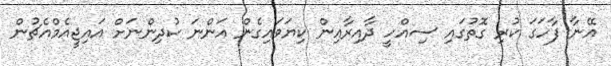
އޭނާ ފާހަގަ ކުރި ގޮތުގައި ސިއްހީ ދާއިރާއިން ކިޔަވައިގެން އަންނަ ކުދިންނަށް އައިޖީއެމްއެޗުން